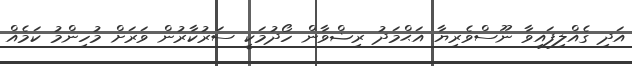
އަދި ގެއްލިފައިވާ ނޫސްވެރިޔާ އަޙްމަދު ރިޟްވާން ހޯދުމަކީ ސަރުކާރުން ވަރަށް މުހިންމު ކަމެއް